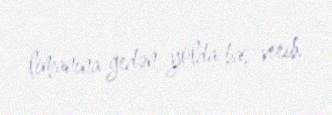
limanına gedən yolda baş verib.